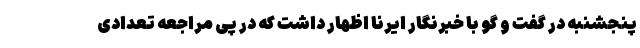
پنجشنبه در گفت و گو با خبرنگار ایرنا اظهار داشت که در پی مراجعه تعدادی